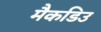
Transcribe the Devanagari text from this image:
मैकडिउ